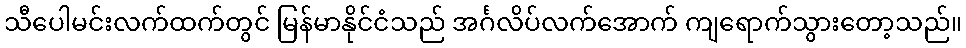
သီပေါမင်းလက်ထက်တွင် မြန်မာနိုင်ငံသည် အင်္ဂလိပ်လက်အောက် ကျရောက်သွားတော့သည်။